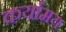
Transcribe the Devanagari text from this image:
कर्यामय